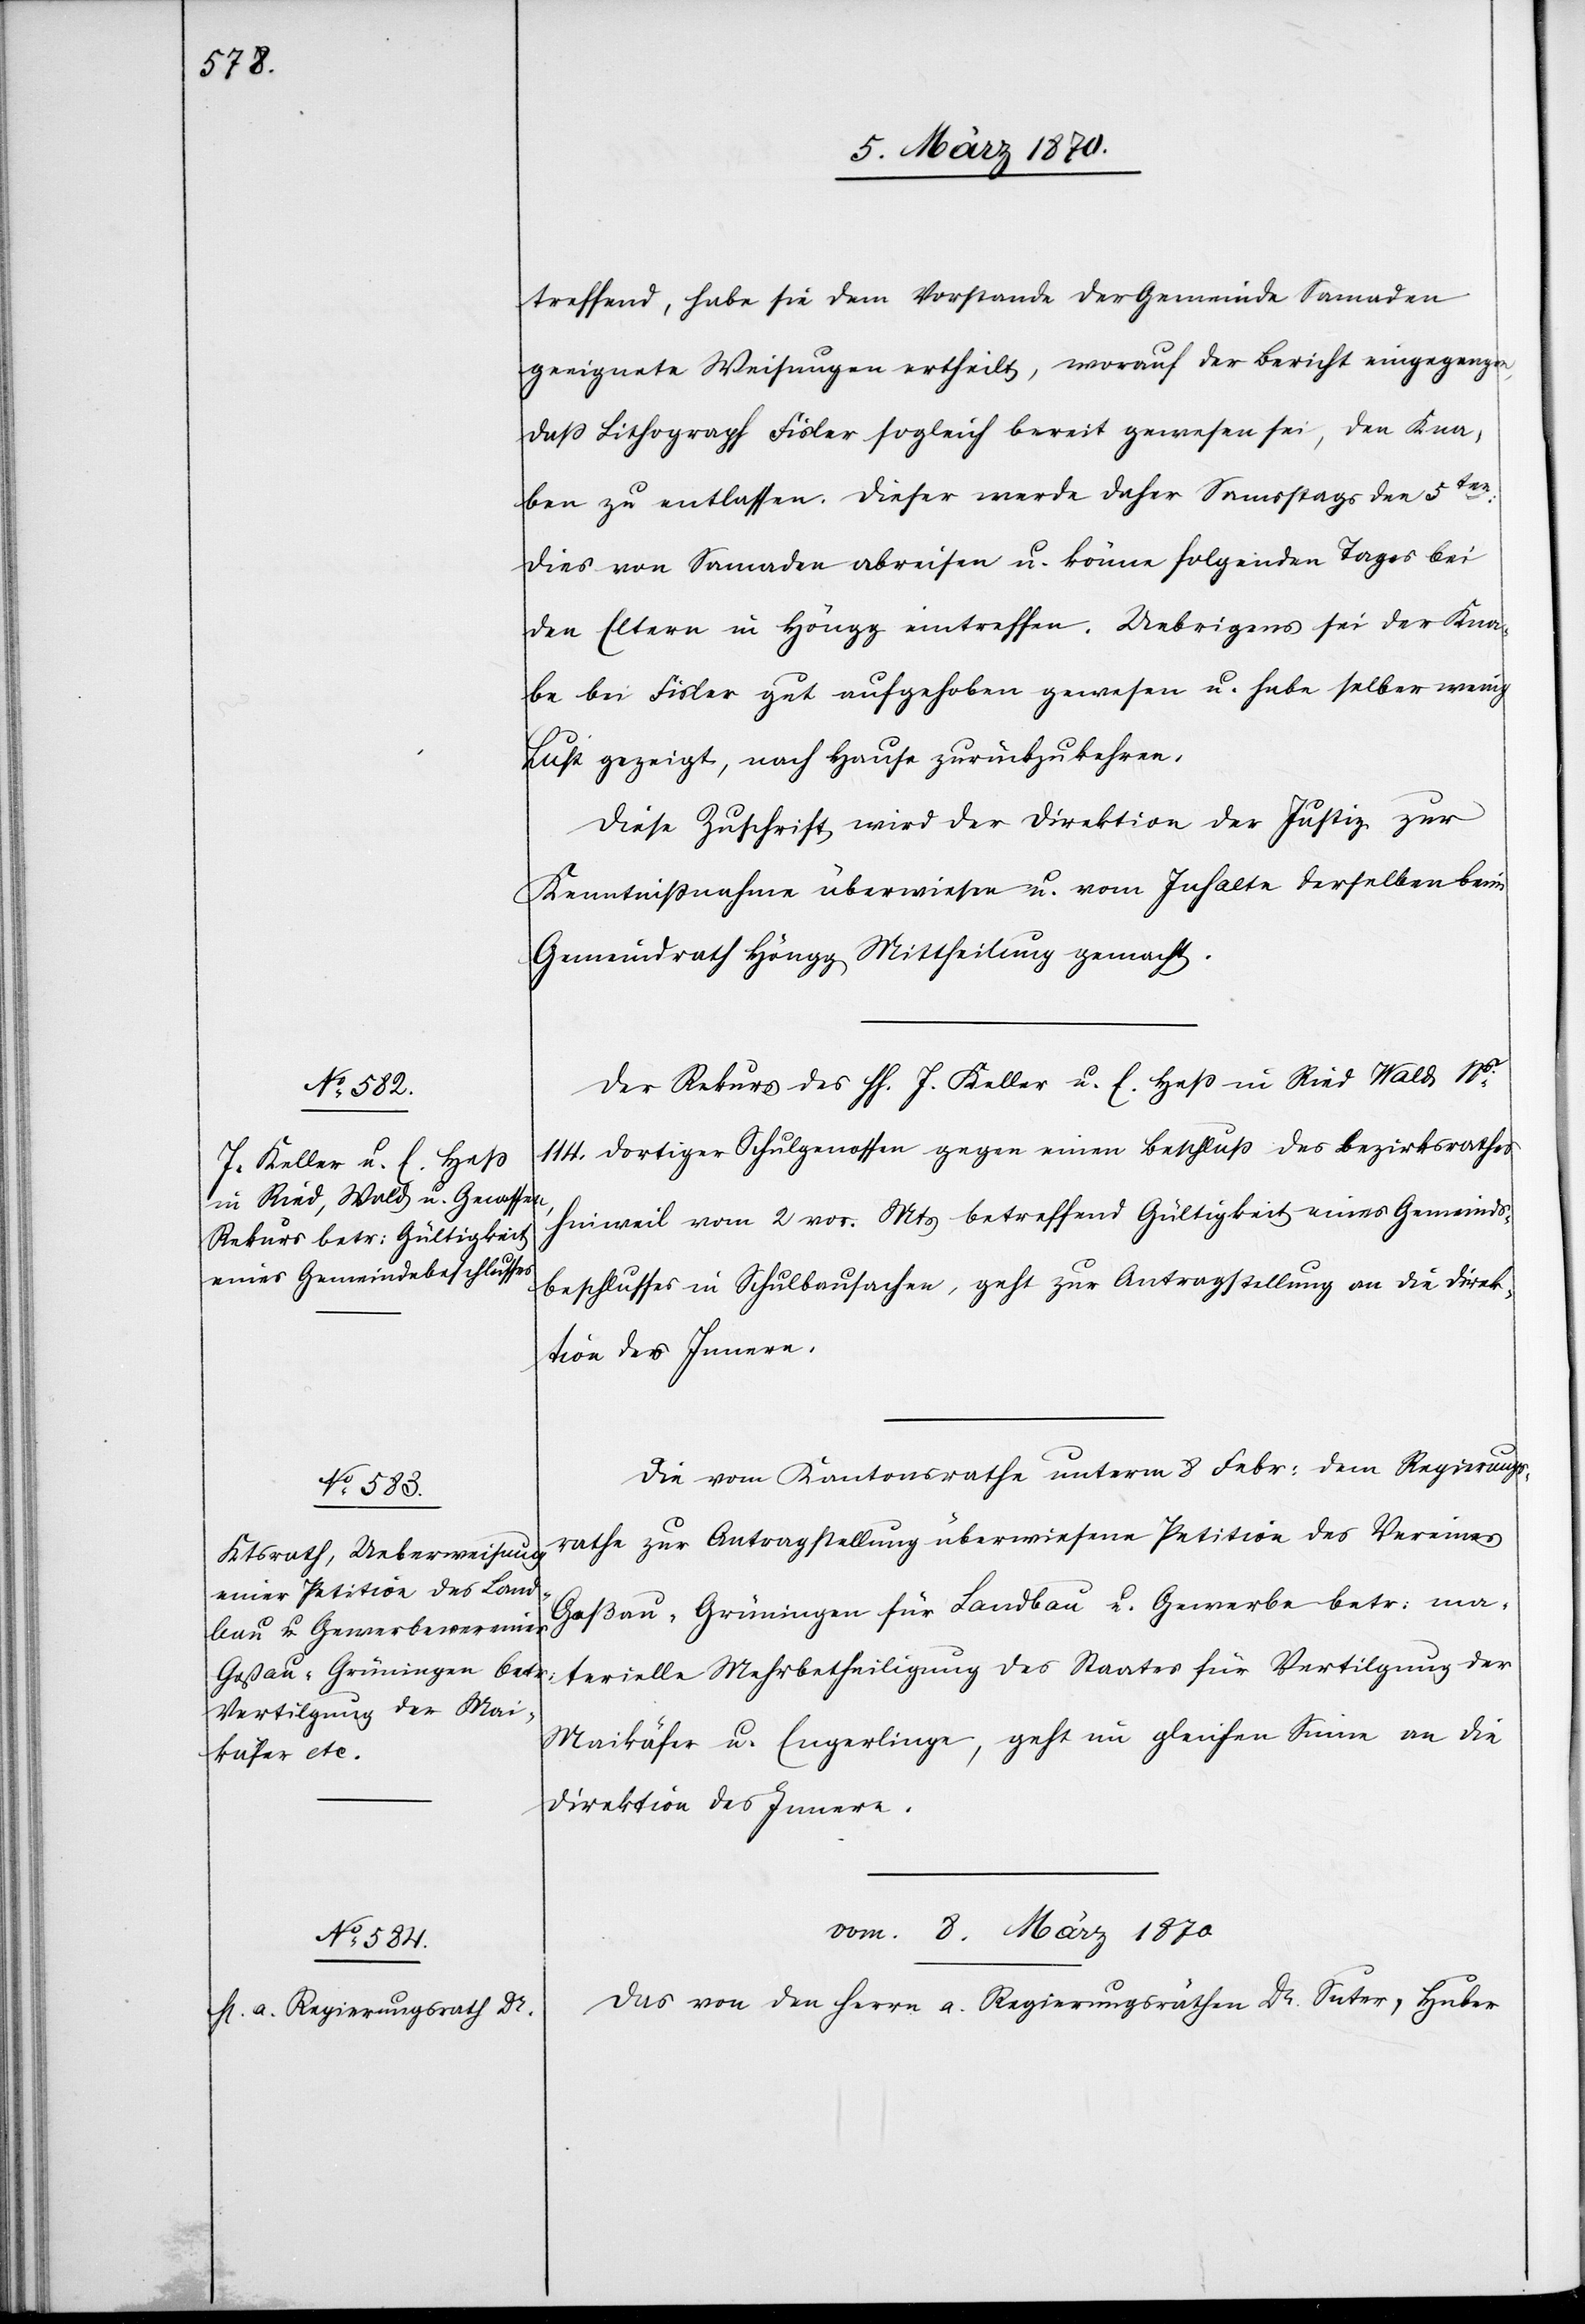
treffend, habe sie dem Vorstande der Gemeinde Samaden
geeignete Weisungen ertheilt, worauf der Bericht eingegangen,
daß Lithograph Fisler sogleich bereit gewesen sei, den Kna¬
ben zu entlassen. Dieser werde daher Samstags den 5ten:
dies von Samaden abreisen u. könne folgenden Tages bei
den Eltern in Höngg eintreffen. Uebrigens sei der Kna¬
be bei Fisler gut aufgehoben gewesen u. habe selber wenig
Lust gezeigt, nach Hause zurückzukehren.
Diese Zuschrift wird der Direktion der Justiz zur
Kenntnißnahme überwiesen u. vom Inhalte derselben beim
Gemeindrath Höngg Mittheilung gemacht.
Der Rekurs des hh. [sic!] J. Keller u. E. Heß in Ried Wald Ns.
114. dortiger Schulgenossen gegen einen Beschluß des Bezirksrathes
Hinweil vom 2 vor. Mts betreffend Gültigkeit eines Gemeinds¬
beschlusses in Schulbausachen, geht zur Antragstellung an die Direk¬
tion des Innern.
Die vom Kantonsrathe unterm 8 Febr: dem Regierungs¬
rathe zur Antragstellung überwiesene Petition des Vereines
Goßau-Grüningen für Landbau u. Gewerbe betr: ma¬
terielle Mehrbetheiligung des Staates für Vertilgung der
Maikäfer u. Engerlinge, geht im gleichen Sinne an die
Direktion des Innern.
vom 8. März 1870
Das von den Herrn a. Regierungsräthen Dr. Suter, Huber